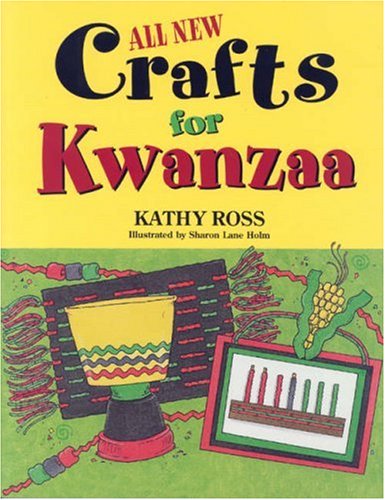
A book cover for All New Crafts for Kwanzaa (All New Holiday Crafts for Kids); Kathy Ross; Children's Books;